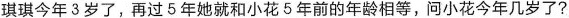
琪琪今年 3 岁了，再过 5 年她就和小花5 年前的年龄相等，问小花今年几岁了?